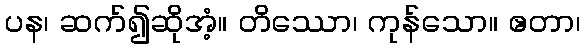
ပန၊ ဆက်၍ဆိုအံ့။ တိဿော၊ ကုန်သော။ ဧတာ၊